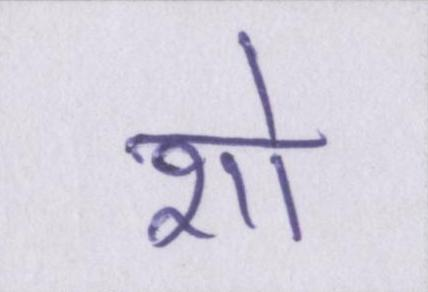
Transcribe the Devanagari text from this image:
शो